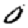
Digit: 0